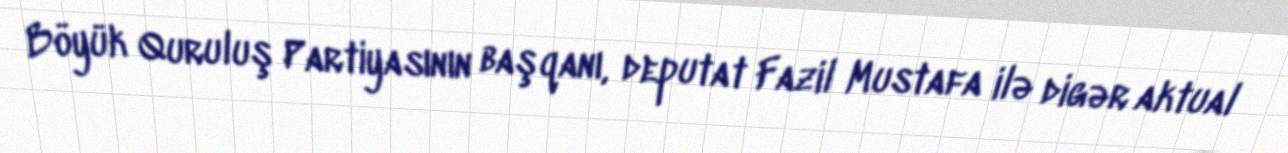
Böyük Quruluş Partiyasının başqanı, deputat Fazil Mustafa ilə digər aktual